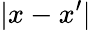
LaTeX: \vert x-x^{\prime}\vert